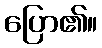
ပြော၏။